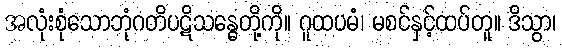
အလုံးစုံသောဘုံဂတိပဋိသန္ဓေတို့ကို။ ဂူထပမံ၊ မစင်နှင့်ထပ်တူ။ ဒိသွာ၊